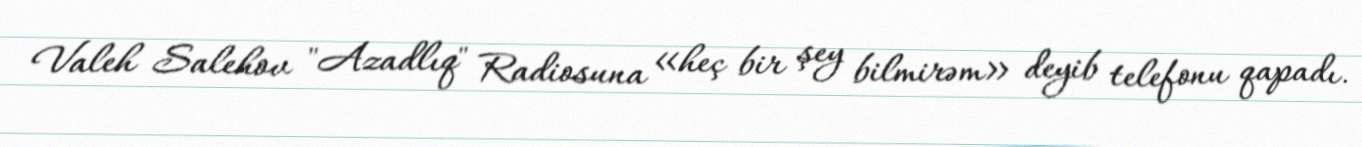
Valeh Salehov "Azadlıq" Radiosuna «heç bir şey bilmirəm» deyib telefonu qapadı.